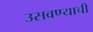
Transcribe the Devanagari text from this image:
उसवण्याची